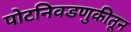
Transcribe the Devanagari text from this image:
पोटनिवडणुकीतून